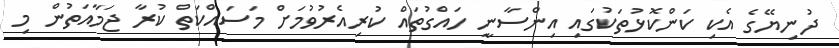
ދުނިޔޭގެ އެކި ކަންކޮޅުތަކުގައި އިންސާނީ ހައްގުތައް ކުރިއެރުވުމަށް މަސައްކަތް ކުރާ ޖަމާއަތުން މި